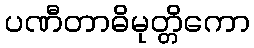
ပဏီတာဓိမုတ္တိကော